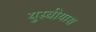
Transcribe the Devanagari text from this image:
युस्बीयास